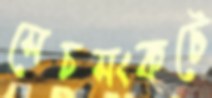
সেচসংকটে